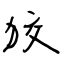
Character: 狡